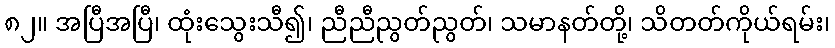
၈၂။ အပြီအပြီ၊ ထုံးသွေးသီ၍၊ ညီညီညွတ်ညွတ်၊ သမာနတ်တို့၊ သိတတ်ကိုယ်ရမ်း၊